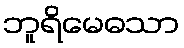
ဘူရိမေဓသာ